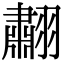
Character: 䎘